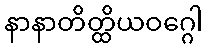
နာနာတိတ္ထိယဝဂ္ဂေါ